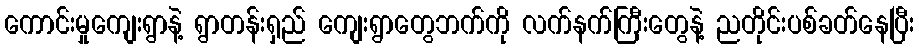
ကောင်းမှုကျေးရွာနဲ့ ရွာတန်းရှည် ကျေးရွာတွေဘက်ကို လက်နက်ကြီးတွေနဲ့ ညတိုင်းပစ်ခတ်နေပြီး